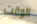
الوقت